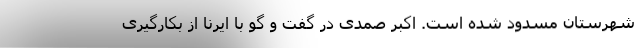
شهرستان مسدود شده است. اکبر صمدی در گفت و گو با ایرنا از بکارگیری